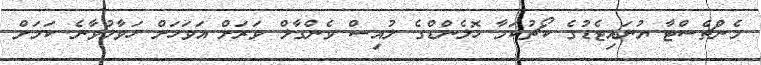
މެންޗެސްޓާ ޔުނައިޓެޑުގެ ކޯޗުކަމާ ހޮލެންޑްގެ ލުއިސް ވެންގާލް ވަރަށް އަވަހަށް ހަވާލުވާނެ ކަމަށް